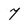
Character: 7